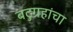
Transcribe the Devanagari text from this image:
बटुग्रहांचा